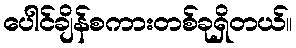
ပေါင်ချိန်စကားတစ်ခုရှိတယ်။